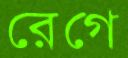
রেগে